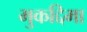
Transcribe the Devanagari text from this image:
मुकद्दिमा